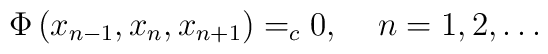
\Phi \left( x_{n-1},x_n,x_{n+1}\right) =_c0,\;\;\;\;n=1,2,\ldots